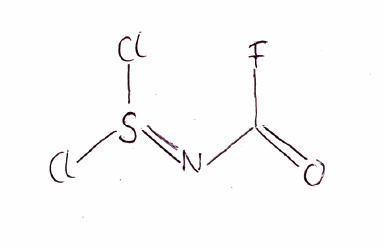
Simplified molecular-input line-entry system (SMILES) notation of the given molecule:
C(=O)(N=S(Cl)Cl)F